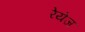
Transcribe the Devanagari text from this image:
रेयेज